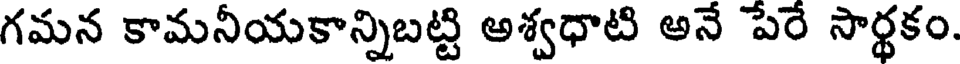
గమన కామనీయకాన్నిబట్టి అశ్వధాటి అనే పేరే సార్థకం.